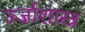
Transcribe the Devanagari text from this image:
ऊर्जाशास्त्र